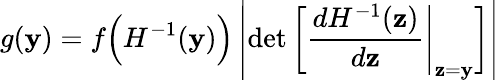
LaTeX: g(\mathbf{y})=f{\Big(}H^{-1}(\mathbf{y}){\Big)}\left\vert\operatorname*{det}\left[{\frac{dH^{-1}(\mathbf{z})}{d\mathbf{z}}}{\Bigg\vert}_{\mathbf{z}=\mathbf{y}}\right]\right\vert